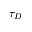
\tau _ { D }